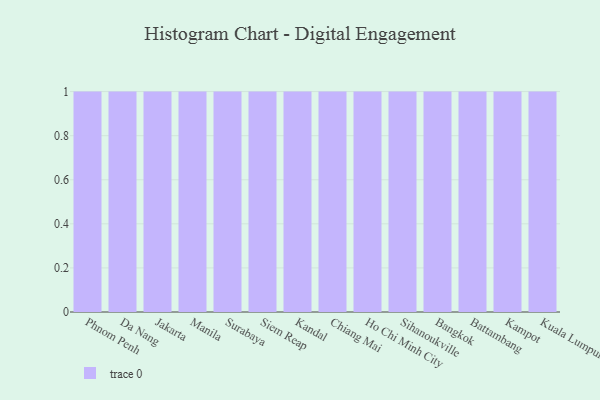
{"axis": {"x": "City", "y": "Gross Profit (USD K)"}, "legend": [""], "data": [{"x": "Phnom Penh", "y": 47, "type": ""}, {"x": "Da Nang", "y": 19, "type": ""}, {"x": "Jakarta", "y": 96, "type": ""}, {"x": "Manila", "y": 90, "type": ""}, {"x": "Surabaya", "y": 2, "type": ""}, {"x": "Siem Reap", "y": 46, "type": ""}, {"x": "Kandal", "y": 18, "type": ""}, {"x": "Chiang Mai", "y": 46, "type": ""}, {"x": "Ho Chi Minh City", "y": 75, "type": ""}, {"x": "Sihanoukville", "y": 70, "type": ""}, {"x": "Bangkok", "y": 5, "type": ""}, {"x": "Battambang", "y": 36, "type": ""}, {"x": "Kampot", "y": 49, "type": ""}, {"x": "Kuala Lumpur", "y": 83, "type": ""}]}